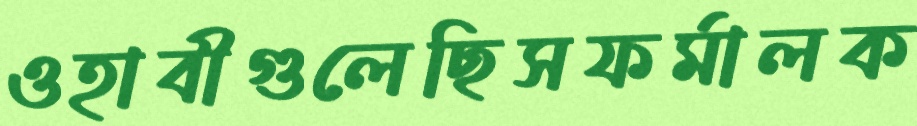
ওহাবীগুলেছিসফর্মালক